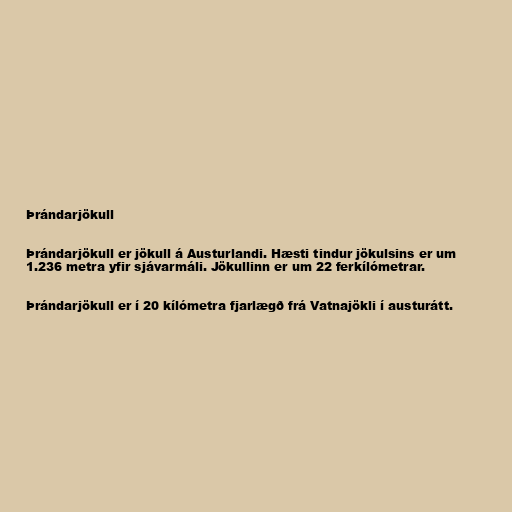
Þrándarjökull

Þrándarjökull er jökull á Austurlandi. Hæsti tindur jökulsins er um
1.236 metra yfir sjávarmáli. Jökullinn er um 22 ferkílómetrar.

Þrándarjökull er í 20 kílómetra fjarlægð frá Vatnajökli í austurátt.